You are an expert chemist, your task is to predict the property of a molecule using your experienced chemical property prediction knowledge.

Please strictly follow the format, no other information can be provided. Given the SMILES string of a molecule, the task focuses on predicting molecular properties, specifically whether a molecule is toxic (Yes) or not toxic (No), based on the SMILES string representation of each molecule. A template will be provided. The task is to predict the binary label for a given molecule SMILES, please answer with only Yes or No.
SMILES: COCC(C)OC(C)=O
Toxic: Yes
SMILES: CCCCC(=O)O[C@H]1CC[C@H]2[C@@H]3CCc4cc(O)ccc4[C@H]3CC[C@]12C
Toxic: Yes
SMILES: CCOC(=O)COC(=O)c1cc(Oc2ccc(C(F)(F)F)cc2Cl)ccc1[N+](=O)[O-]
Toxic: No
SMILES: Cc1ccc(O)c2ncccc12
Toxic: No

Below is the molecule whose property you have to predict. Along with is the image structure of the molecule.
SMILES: O=C1CCCO1
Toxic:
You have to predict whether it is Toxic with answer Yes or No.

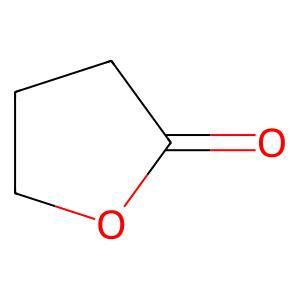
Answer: No